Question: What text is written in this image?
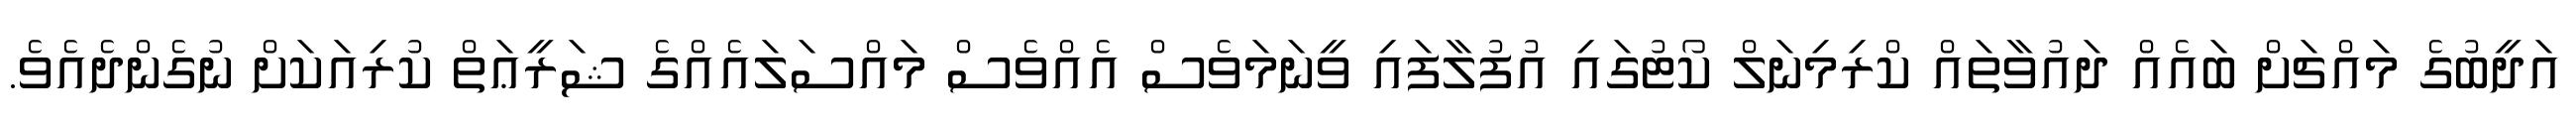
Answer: އަދީބުގެ މައްޗަށް ބައެއް ދައުވާތައް ކްރިމިނަލް ކޯޓުގައި އުފުލާފައި ވީނަމަވެސް އެއްވެސް މައްސަލައެއްގެ ޝަރީޢަތް ކުރިއަކަށް ނުގެންދެއެވެ.